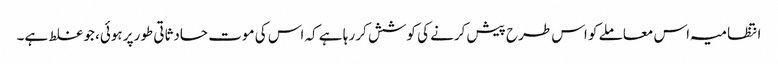
انتظامیہ اس معاملے کو اس طرح پیش کرنے کی کوشش کر رہا ہے کہ اس کی موت حادثاتی طورپر ہوئی، جو غلط ہے۔